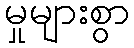
မှုများစွာ